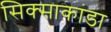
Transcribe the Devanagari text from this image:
सिक्साकांडा